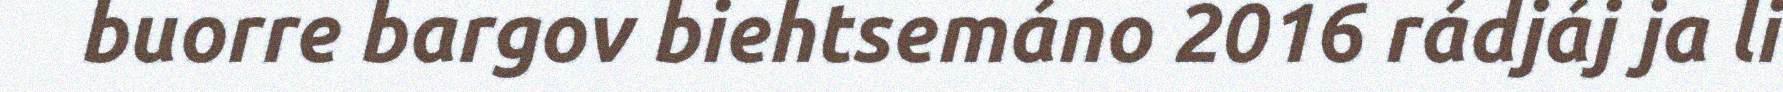
buorre bargov biehtsemáno 2016 rádjáj ja li